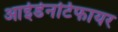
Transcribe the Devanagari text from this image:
आईडेनटिफायर